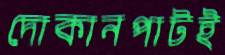
দোকানপাটই